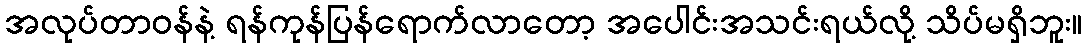
အလုပ်တာဝန်နဲ့ ရန်ကုန်ပြန်ရောက်လာတော့ အပေါင်းအသင်းရယ်လို့ သိပ်မရှိဘူး။